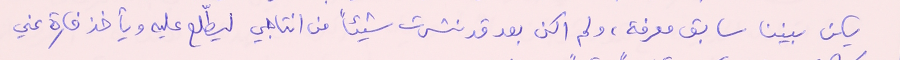
يكن بيننا سابق معرفة، ولم اكن بعد قد نشرت شيئاً من انتاجي ليطلّع عليه ويأخذ فكرة عني